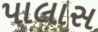
પાલાસ